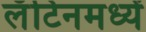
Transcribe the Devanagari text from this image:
लॅटिनमध्यें